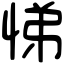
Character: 悌